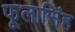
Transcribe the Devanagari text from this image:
फूलासिंह